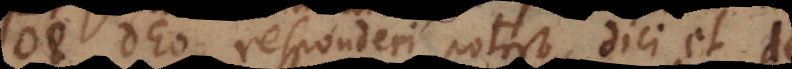
de Deo, responderi potest, dici et de